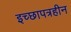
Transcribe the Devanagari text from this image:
इच्छापत्रहीन